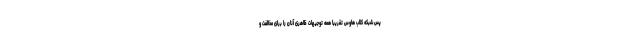
پس شبکه کلاب هاوس تقریباً همه توجیهات ظاهری آنان را برای مخالفت و